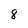
Character: 8